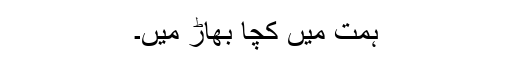
ہمت میں کچا بھاڑ میں۔